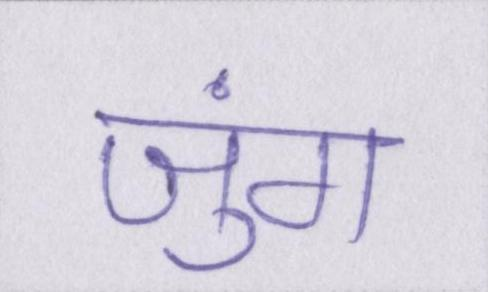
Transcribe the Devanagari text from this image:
जुंग